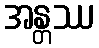
အန္တဿ